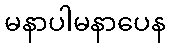
မနာပါမနာပေန